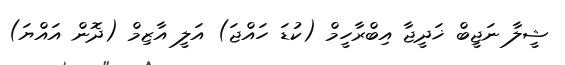
ޝީލާ ނަޖީބް ޚަދީޖާ އިބްރާހީމް (ކުޑަ ހައްޖަ) އަލީ އާޒިމް (ދޮން އައްޔަ)